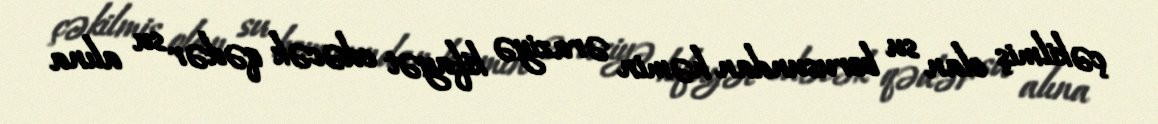
çəkilmiş olan su borusundan həmin əraziyə kifayət edəcək qədər su alına